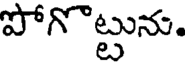
పోగొట్టును.